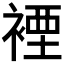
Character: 𧛑